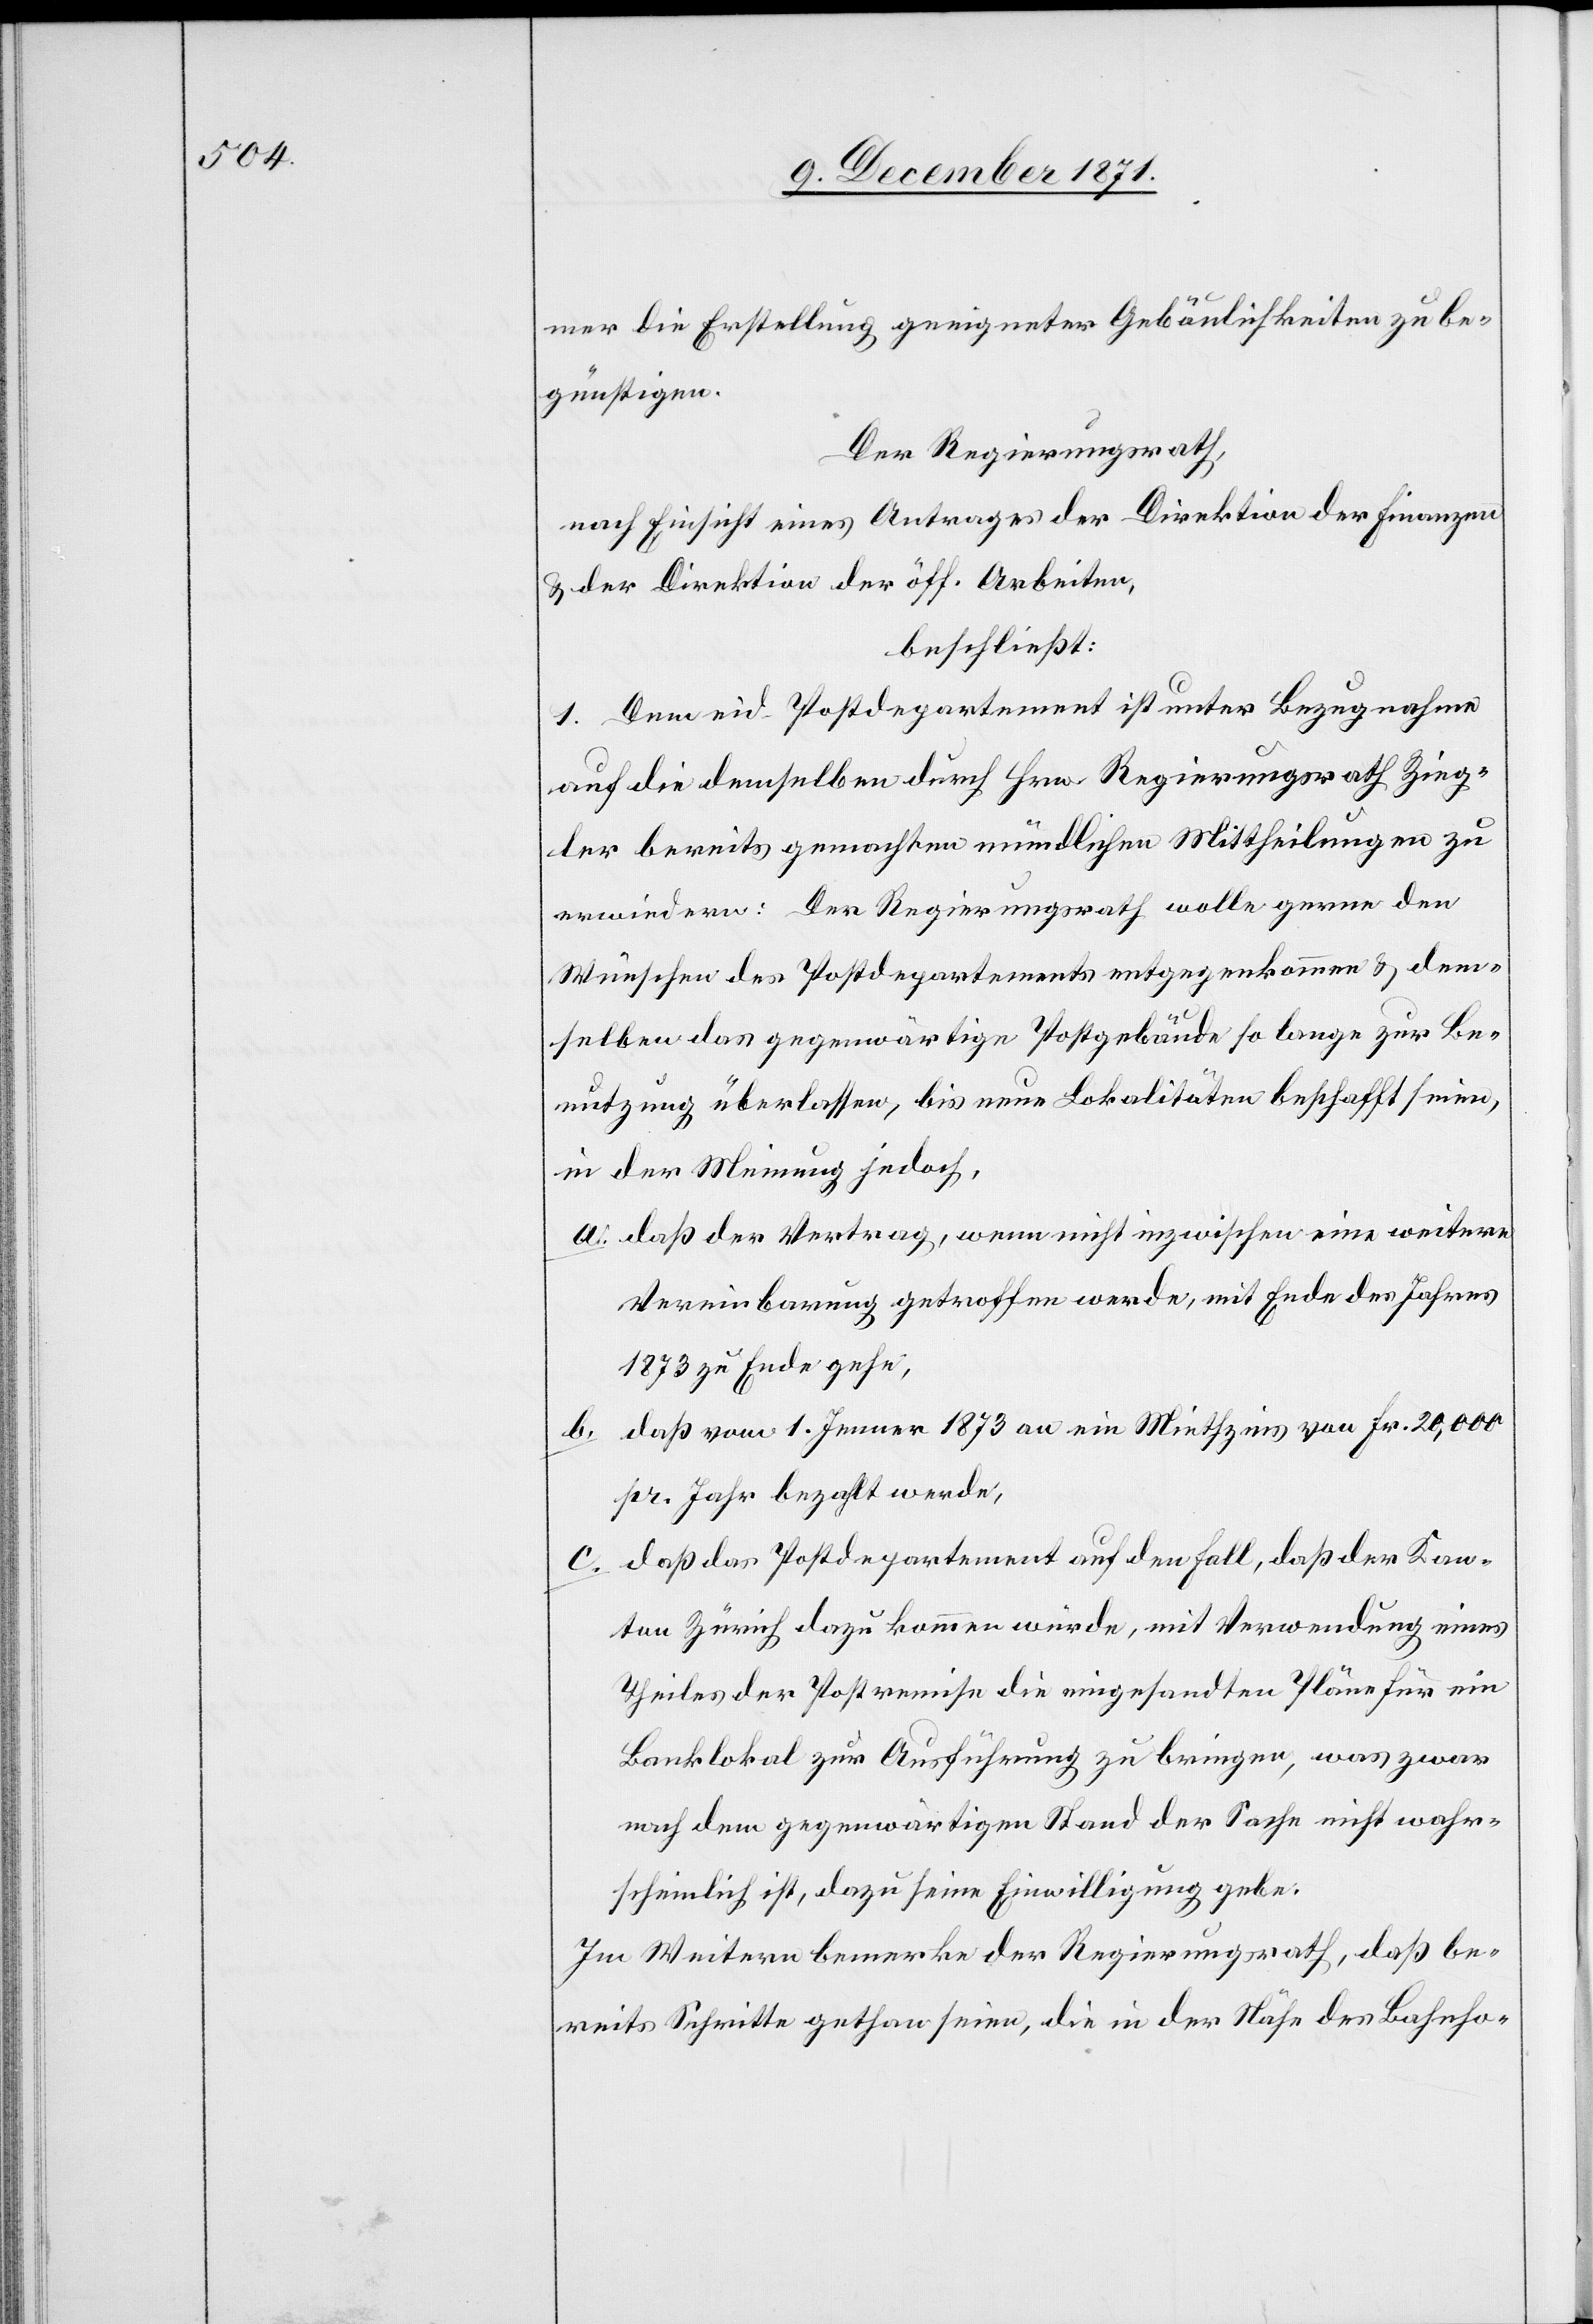
mer die Erstellung geeigneter Gebäulichkeiten zu be¬
günstigen.
Der Regierungsrath,
nach Einsicht eines Antrages der Direktion der Finanzen
& der Direktion der öff. Arbeiten,
beschließt:
1. Dem eid. Postdepartement ist unter Bezugnahme
auf die demselben durch Hrn. Regierungsrath Zieg¬
ler bereits gemachten mündlichen Mittheilungen zu
erwiedern: Der Regierungsrath wolle gerne den
Wünschen des Postdepartements entgegenkommen & dem¬
selben das gegenwärtige Postgebäude so lange zur Be¬
nutzung überlassen, bis neue Lokalitäten beschafft seien,
in der Meinung jedoch,
a. daß der Vertrag, wenn nicht inzwischen eine weitere
Vereinbarung getroffen werde, mit Ende des Jahres
1873 zu Ende gehe,
b. daß vom 1. Jenner 1873 an ein Miethzins von Fr. 20,000
pr. Jahr bezahlt werde,
c. daß das Postdepartement auf den Fall, daß der Kan¬
ton Zürich dazu kommen werde, mit Verwendung eines
Theiles der Postremise die eingesandten Pläne für ein
Banklokal zur Ausführung zu bringen, was zwar
nach dem gegenwärtigen Stand der Sache nicht wahr¬
scheinlich ist, dazu seine Einwilligung gebe.
Im Weitern bemerke der Regierungsrath, daß be¬
reits Schritte gethan seien, die in der Nähe des Bahnho-